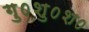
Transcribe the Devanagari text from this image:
गु०शु०श०